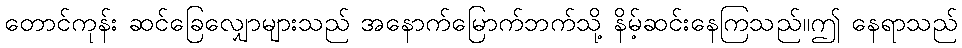
တောင်ကုန်း ဆင်ခြေလျှောများသည် အနောက်မြောက်ဘက်သို့ နိမ့်ဆင်းနေကြသည်။ဤ နေရာသည်